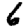
Digit: 6